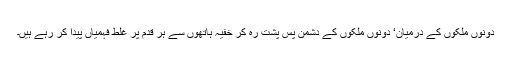
دونوں ملکوں کے درمیان‘ دونوں ملکوں کے دشمن پس پشت رہ کر خفیہ ہاتھوں سے ہر قدم پر غلط فہمیاں پیدا کر رہے ہیں۔